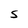
Character: S